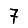
Digit: 7